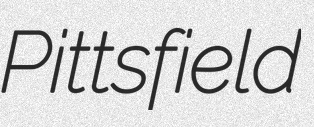
Pittsfield